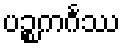
ပဉ္စကင်္ဂဿ